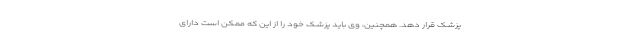
پزشک قرار دهد. همچنین، وی باید پزشک خود را از این که ممکن است دارای